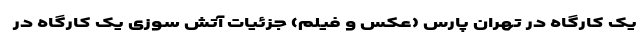
یک کارگاه در تهران‌ پارس (عکس و فیلم) جزئیات آتش سوزی یک کارگاه در